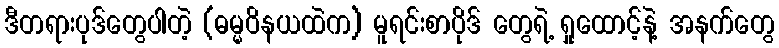
ဒီတရားပုဒ်တွေပါတဲ့ (ဓမ္မဝိနယထဲက) မူရင်းစာပိုဒ် တွေရဲ့ ရှုထောင့်နဲ့ အနက်တွေ